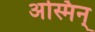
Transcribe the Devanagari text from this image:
अस्मिन्‌